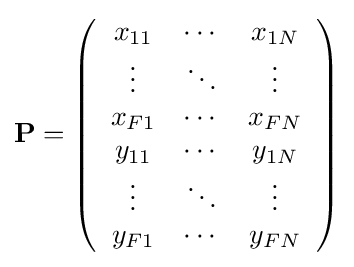
\mathbf {P} =\left({\begin{array}{ccc}x_{11}&\cdots &x_{1N}\\\vdots &\ddots &\vdots \\x_{F1}&\cdots &x_{FN}\\y_{11}&\cdots &y_{1N}\\\vdots &\ddots &\vdots \\y_{F1}&\cdots &y_{FN}\\\end{array}}\right)